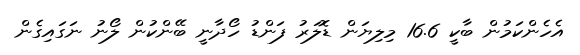
އެހެންކަމުން ބާކީ 16.6 މިލިޔަން ޑޮލަރު ފަންޑު ހޯދާނީ ބޭންކުން ލޯނު ނަގައިގެން